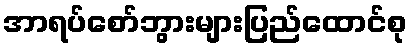
အာရပ်စော်ဘွားများပြည်ထောင်စု